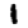
Digit: 1